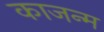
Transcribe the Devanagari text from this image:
काजन्‍म